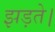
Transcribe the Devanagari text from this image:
झड़ते।